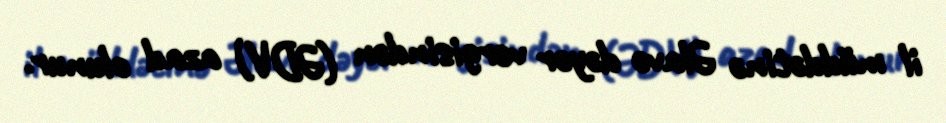
il müddətinə Əlavə dəyər vergisindən (ƏDV) azad olunur.